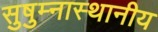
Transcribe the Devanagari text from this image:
सुषुम्नास्थानीय